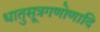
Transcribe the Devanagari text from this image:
धातुसूत्रगणोणादि